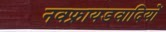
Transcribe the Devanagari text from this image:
नवफ्रायडवादियों